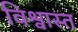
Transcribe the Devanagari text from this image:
विश्वास्त